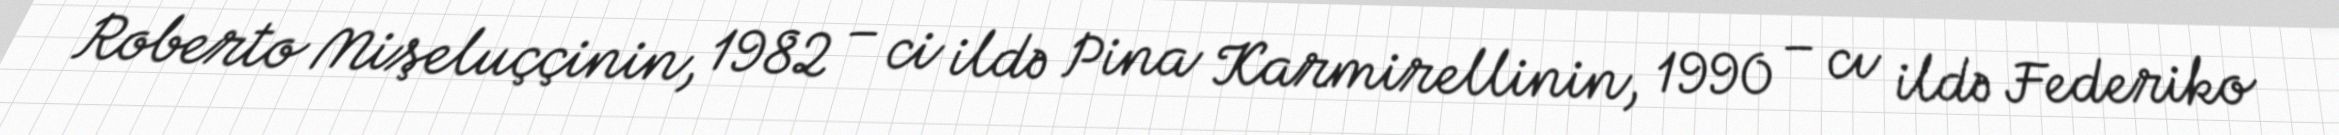
Roberto Mişeluççinin, 1982 – ci ildə Pina Karmirellinin, 1990 – cı ildə Federiko